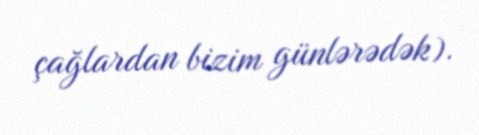
çağlardan bizim günlərədək).